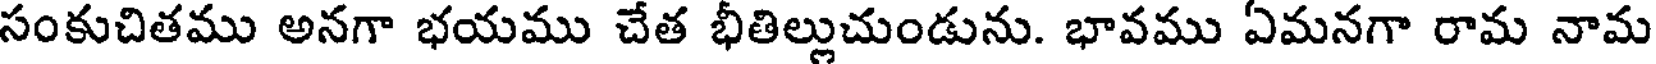
సంకుచితము అనగా భయము చేత భీతిల్లుచుండును. భావము ఏమనగా రామ నామ